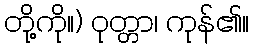
တို့ကို။) ဝုတ္တာ၊ ကုန်၏။